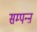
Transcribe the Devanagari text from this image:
सम्पन्ऩ